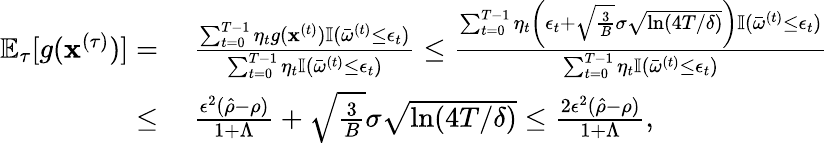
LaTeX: \begin{array}{rl}{\mathbb{E}_{\tau}[g({\mathbf x}^{(\tau)})]=}&{~\frac{\sum_{t=0}^{T-1}\eta_{t}g({\mathbf x}^{(t)})\mathbb{I}(\bar{\omega}^{(t)}\leq\epsilon_{t})}{\sum_{t=0}^{T-1}\eta_{t}\mathbb{I}(\bar{\omega}^{(t)}\leq\epsilon_{t})}\leq\frac{\sum_{t=0}^{T-1}\eta_{t}\left(\epsilon_{t}+\sqrt{\frac{3}{B}}\sigma\sqrt{\ln(4T/\delta)}\right)\mathbb{I}(\bar{\omega}^{(t)}\leq\epsilon_{t})}{\sum_{t=0}^{T-1}\eta_{t}\mathbb{I}(\bar{\omega}^{(t)}\leq\epsilon_{t})}}\\ {\leq}&{~\frac{\epsilon^{2}(\hat{\rho}-\rho)}{1+\Lambda}+\sqrt{\frac{3}{B}}\sigma\sqrt{\ln(4T/\delta)}\leq\frac{2\epsilon^{2}(\hat{\rho}-\rho)}{1+\Lambda},}\end{array}